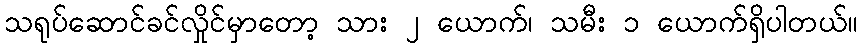
သရုပ်ဆောင်ခင်လှိုင်မှာတော့ သား ၂ ယောက်၊ သမီး ၁ ယောက်ရှိပါတယ်။